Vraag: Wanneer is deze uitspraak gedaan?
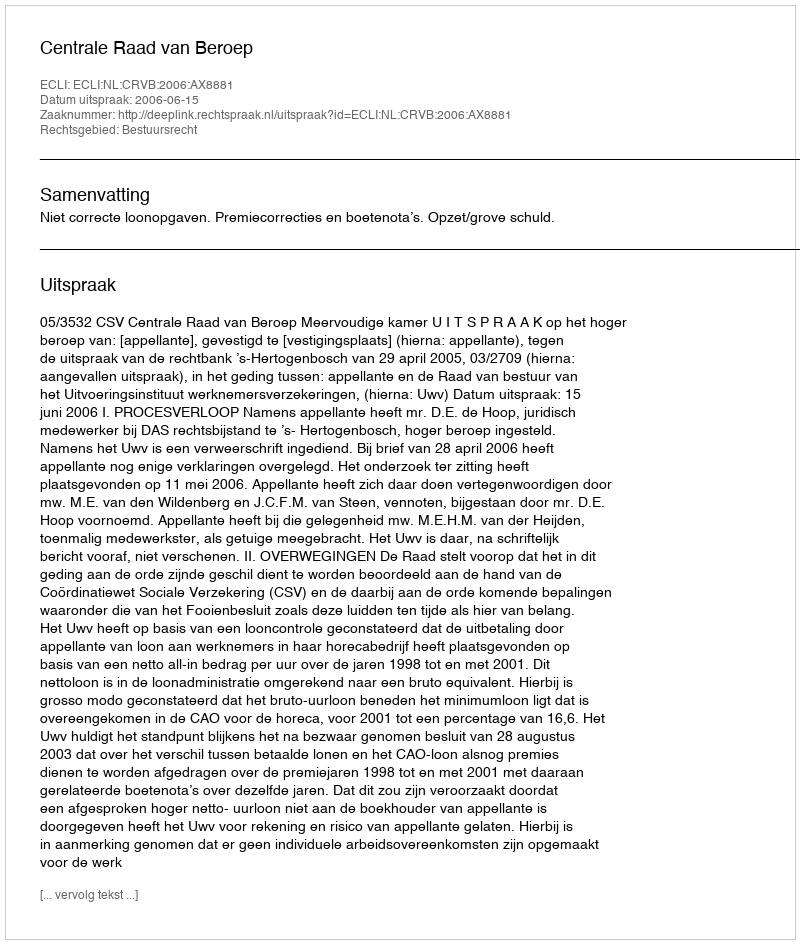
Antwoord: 2006-06-15